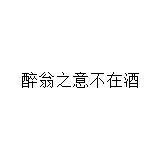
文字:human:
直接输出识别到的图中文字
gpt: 醉翁之意不在酒